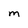
Character: M